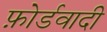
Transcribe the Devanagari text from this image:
फ़ोर्डवादी